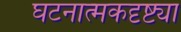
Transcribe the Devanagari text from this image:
घटनात्मकदृष्ट्या